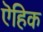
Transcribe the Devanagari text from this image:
ऎहिक